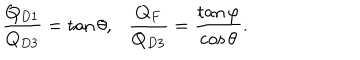
\frac { Q _ { D 1 } } { Q _ { D 3 } } = \tan \theta , \ \ \ \frac { Q _ { F } } { Q _ { D 3 } } = \frac { \tan \varphi } { \cos \theta } .